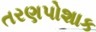
તરણપોશાક